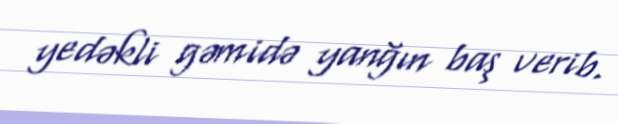
yedəkli gəmidə yanğın baş verib.